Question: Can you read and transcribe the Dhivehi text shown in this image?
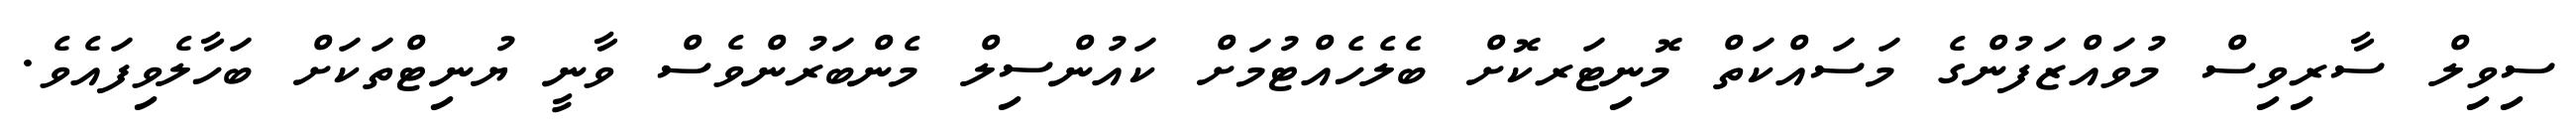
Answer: ސިވިލް ސާރިވިސް މުވައްޒަފުންގެ މަސައްކަތް މޮނިޓަރކޮށް ބެލެހެއްޓުމަށް ކައުންސިލް މެންބަރުންވެސް ވާނީ ޔުނިޓްތަކަށް ބަހާލެވިފައެވެ.